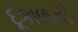
દૂકાળની